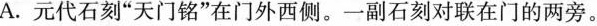
A.元代石刻”天门铭”在门外西侧。一副石刻对联在门的两旁。